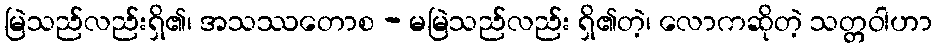
မြဲသည်လည်းရှိ၏၊ အသဿတောစ - မမြဲသည်လည်း ရှိ၏တဲ့၊ လောကဆိုတဲ့ သတ္တဝါဟာ